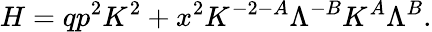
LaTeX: H=qp^{2}K^{2}+x^{2}K^{-2-A}\Lambda^{-B}K^{A}\Lambda^{B}.